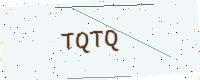
Text: TQTQ